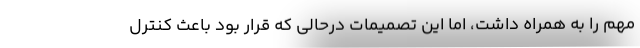
مهم را به همراه داشت، اما این تصمیمات درحالی که قرار بود باعث کنترل